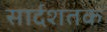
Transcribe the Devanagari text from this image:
सार्दशतक